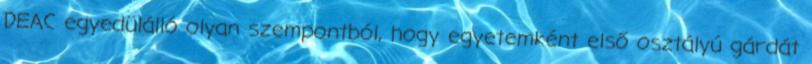
DEAC egyedülálló olyan szempontból, hogy egyetemként első osztályú gárdát